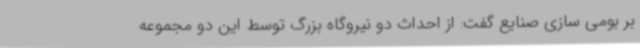
بر بومی سازی صنایع گفت: از احداث دو نیروگاه بزرگ توسط این دو مجموعه